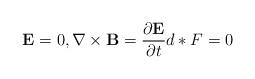
LaTeX: \begin{align*}\mathbf{E}=0,\nabla \times \mathbf{B}=\frac{\partial \mathbf{E}}{\partial t}d\ast F=0 \end{align*}